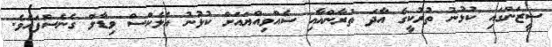
ސީޒަންގައި ކުޅުނު ތުރުކީގެ އާދަ ތުރާންއާއި ސެއްވިއްޔައަށް ކުޅުނު އެލެކްސް ވިޑާލް ގެނެސްފައެވެ.